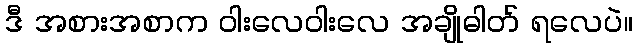
ဒီ အစားအစာက ဝါးလေဝါးလေ အချိုဓါတ် ရလေပဲ။